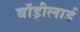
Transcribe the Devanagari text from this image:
बॉड्रीलार्ड